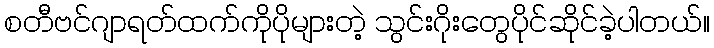
စတီဗင်ဂျာရတ်ထက်ကိုပိုများတဲ့ သွင်းဂိုးတွေပိုင်ဆိုင်ခဲ့ပါတယ်။